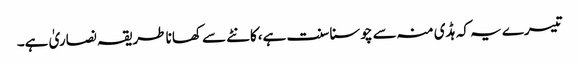
تیسرے یہ کہ ہڈی منہ سے چوسنا سنت ہے،کانٹے سے کھانا طریقہ نصاریٰ ہے۔